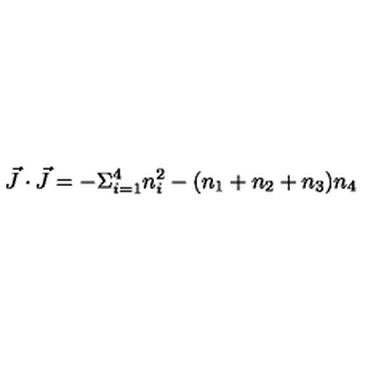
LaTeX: \vec { J } \cdot \vec { J } = - \Sigma _ { i = 1 } ^ { 4 } n _ { i } ^ { 2 } - ( n _ { 1 } + n _ { 2 } + n _ { 3 } ) n _ { 4 }